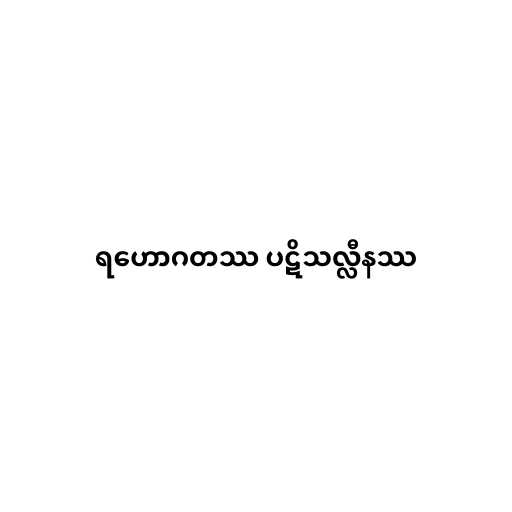
ရဟောဂတဿ ပဋိသလ္လီနဿ